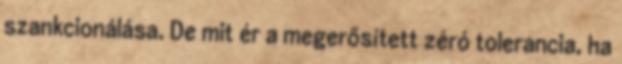
szankcionálása. De mit ér a megerősített zéró tolerancia, ha